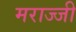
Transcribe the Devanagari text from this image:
मराज्जी